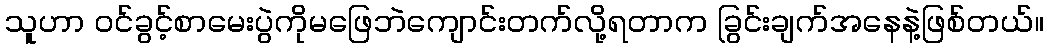
သူဟာ ဝင်ခွင့်စာမေးပွဲကိုမဖြေဘဲကျောင်းတက်လို့ရတာက ခြွင်းချက်အနေနဲ့ဖြစ်တယ်။